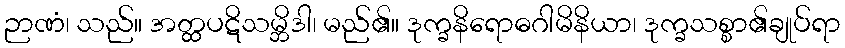
ဉာဏံ၊ သည်။ အတ္ထပဋိသမ္ဘိဒါ၊ မည်၏။ ဒုက္ခနိရောဓဂါမိနိယာ၊ ဒုက္ခသစ္စာ၏ချုပ်ရာ